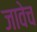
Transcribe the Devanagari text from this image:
जावेच